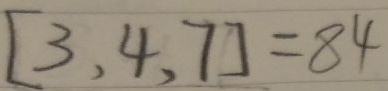
[ 3 , 4 , 7 ] = 8 4